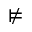
\nvDash